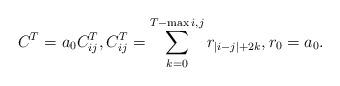
LaTeX: \begin{align*} C^T=a_0C^T_{ij},C^T_{ij}=\sum_{k=0}^{T-\max{i,j}}r_{|i-j|+2k},r_0=a_0.\end{align*}